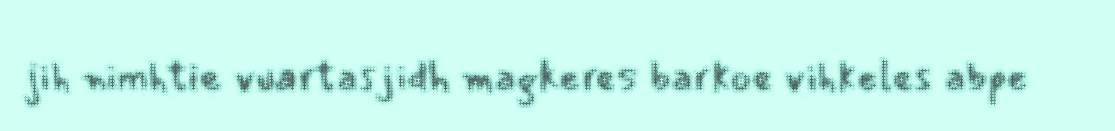
jih nimhtie vuartasjidh magkeres barkoe vihkeles abpe